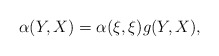
\begin{align*}\alpha(Y,X)=\alpha(\xi,\xi)g(Y,X),\end{align*}